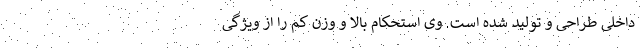
داخلی طراحی و تولید شده است. وی استحکام بالا و وزن کم را از ویژگی